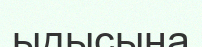
ыдысына